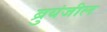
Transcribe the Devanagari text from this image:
ब्रुयंजील